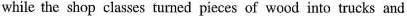
while the shop classes turned pieces of wood into trucks and